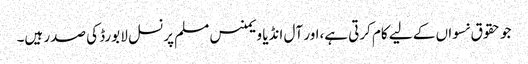
جو حقوق نسواں کے لیے کام کرتی ہے،اور آل انڈیا ویمنس مسلم پرنسل لا بورڈ کی صدر ہیں۔